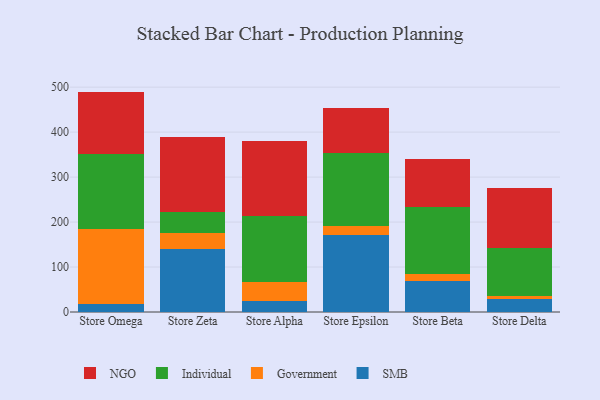
{"axis": {"x": "Store", "y": "Tickets Resolved"}, "legend": ["Government", "Individual", "NGO", "SMB"], "data": [{"x": "Store Omega", "y": 17.4, "type": "SMB"}, {"x": "Store Omega", "y": 166.4, "type": "Government"}, {"x": "Store Omega", "y": 167.4, "type": "Individual"}, {"x": "Store Omega", "y": 138.9, "type": "NGO"}, {"x": "Store Zeta", "y": 140.3, "type": "SMB"}, {"x": "Store Zeta", "y": 36.4, "type": "Government"}, {"x": "Store Zeta", "y": 45.3, "type": "Individual"}, {"x": "Store Zeta", "y": 167.5, "type": "NGO"}, {"x": "Store Alpha", "y": 24.9, "type": "SMB"}, {"x": "Store Alpha", "y": 42.2, "type": "Government"}, {"x": "Store Alpha", "y": 145.5, "type": "Individual"}, {"x": "Store Alpha", "y": 167.3, "type": "NGO"}, {"x": "Store Epsilon", "y": 172.1, "type": "SMB"}, {"x": "Store Epsilon", "y": 19.7, "type": "Government"}, {"x": "Store Epsilon", "y": 161.9, "type": "Individual"}, {"x": "Store Epsilon", "y": 100.5, "type": "NGO"}, {"x": "Store Beta", "y": 69.4, "type": "SMB"}, {"x": "Store Beta", "y": 14.4, "type": "Government"}, {"x": "Store Beta", "y": 150.3, "type": "Individual"}, {"x": "Store Beta", "y": 106.8, "type": "NGO"}, {"x": "Store Delta", "y": 28.7, "type": "SMB"}, {"x": "Store Delta", "y": 6.1, "type": "Government"}, {"x": "Store Delta", "y": 108.6, "type": "Individual"}, {"x": "Store Delta", "y": 131.9, "type": "NGO"}]}